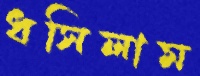
ধসিলাম